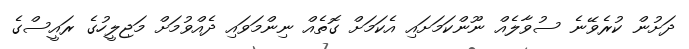
ދަށުން ކުރެވޭނެ ސުވާލެއް ނޫންކަމަށައި އެކަމަށް ގޮތެއް ނިންމަވައި ދެއްވުމަށް މަޖިލީހުގެ ރައީސްގެ